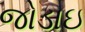
જોડાઇ